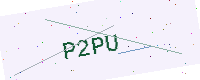
Text: P2PU